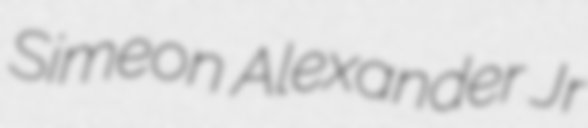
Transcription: Simeon Alexander Jr